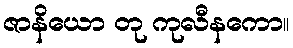
ဇာနိယော တု ကုလီနကော။